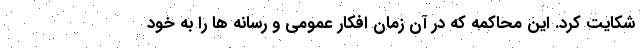
شکایت کرد. این محاکمه که در آن زمان افکار عمومی و رسانه ها را به خود